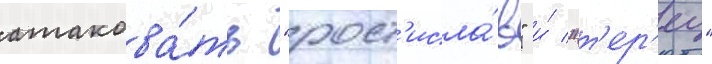
атакова́ть "рост'исла́в" и́ "т'ер'ец"